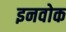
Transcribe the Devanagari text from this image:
इनवोक